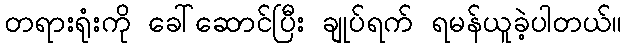
တရားရုံးကို ခေါ်ဆောင်ပြီး ချုပ်ရက် ရမန်ယူခဲ့ပါတယ်။